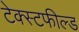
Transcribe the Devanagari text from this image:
टेक्स्टफील्ड